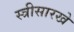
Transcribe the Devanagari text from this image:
स्त्रीसारखे